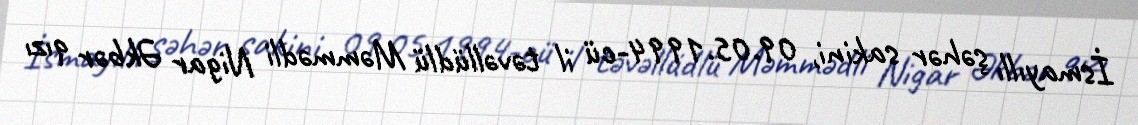
İsmayıllı şəhər sakini, 09.05.1994-cü il təvəllüdlü Məmmədli Nigar Əkbər qızı